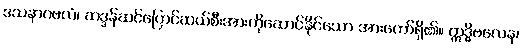
ဒသနာဂဗလံ၊ ဆဒ္ဒန်ဆင်ပြောင်ဆယ်စီးအားကိုဆောင်နိုင်သော အားတော်ရှိ၏။ ဣဒ္ဓိဗလေန၊